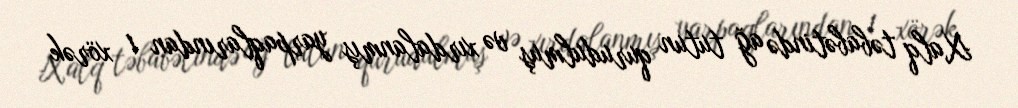
Xalq təbabətində ağ tutun qurudulmuş və xırdalanmış yarpaqlarından 1 xörək